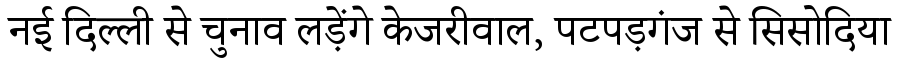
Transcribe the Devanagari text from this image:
नई दिल्ली से चुनाव लड़ेंगे केजरीवाल, पटपड़गंज से सिसोदिया